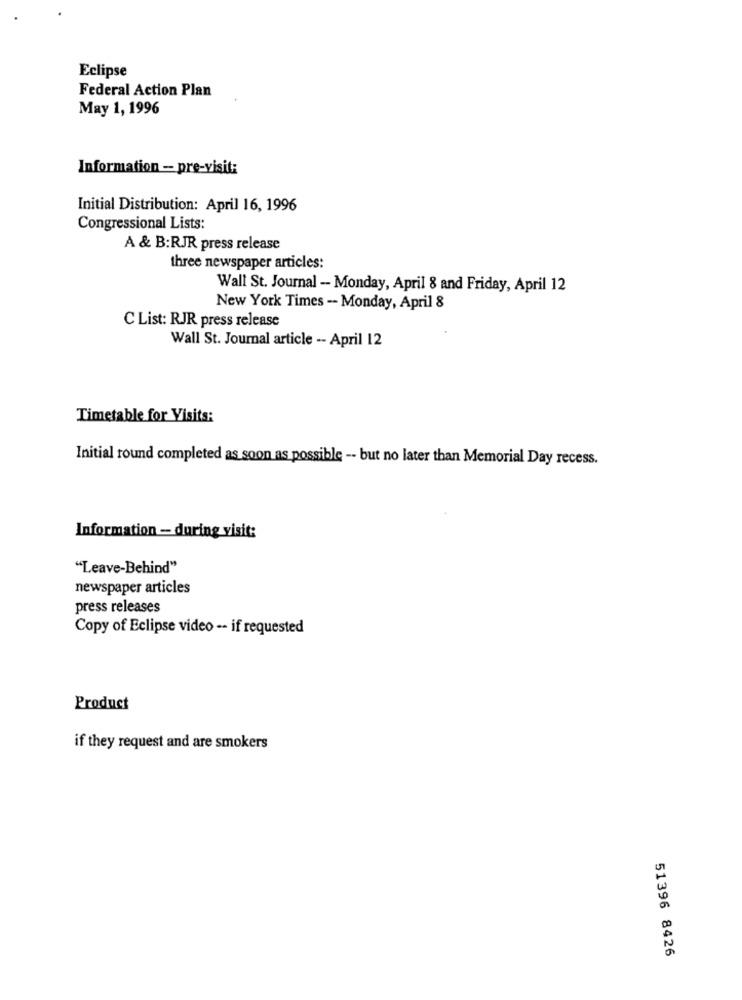
Eclipse
Federal Action Plan
May 1, 1996
Information - pre-visit:
Initial Distribution: April 16, 1996
Congressional Lists:
A & B:RJR press release
three newspaper articles:
Wall St. Journal - Monday, April 8 and Friday, April 12
New York Times -- Monday, April 8
C List: RJR press release
Wall St. Journal article -- April 12
Timetable for Visits:
Initial round completed as soon as possible -- but no later than Memorial Day recess.
Information - during visit:
"Leave-Behind"
newspaper articles
press releases
Copy of Eclipse video -- if requested
Product
if they request and are smokers
51396 8426